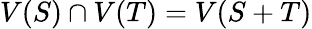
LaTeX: V(S)\cap V(T)=V(S+T)